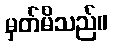
မှတ်မိသည်။